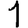
Digit: 1